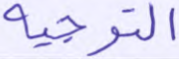
التوجيه